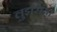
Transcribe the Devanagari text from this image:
लुइसिया